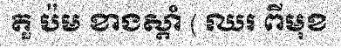
តួ ប៉ម ខាងស្តាំ ( ឈរ ពីមុខ